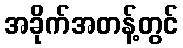
အခိုက်အတန့်တွင်